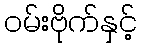
ဝမ်းဗိုက်နှင့်